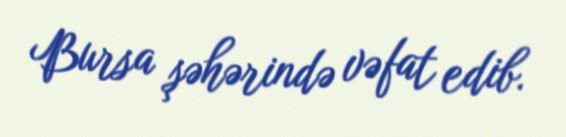
Bursa şəhərində vəfat edib.